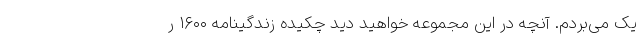
یک می‌بُردم. آنچه در این مجموعه خواهید دید چکیده زندگینامه ۱۶۰۰ ر